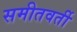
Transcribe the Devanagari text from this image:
समीतवर्ती